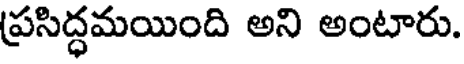
ప్రసిద్ధమయింది అని అంటారు.